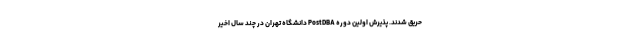
حریق شدند. پذیرش اولین دوره PostDBA دانشگاه تهران در چند سال اخیر